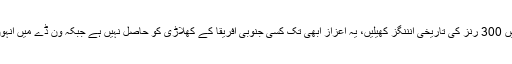
ہاشم آملہ نے انگلینڈ، بھارت اور ویسٹ انڈیز کے خلاف ٹیسٹ میچ میں 300 رنز کی تاریخی انننگز کھیلیں، یہ اعزاز ابھی تک کسی جنوبی افریقا کے کھلاڑی کو حاصل نہیں ہے جبکہ ون ڈے میں انہوں نے آسٹریلیا کے خلاف 196 رنز کی یادگار اننگز بھی کھیلی تھی۔